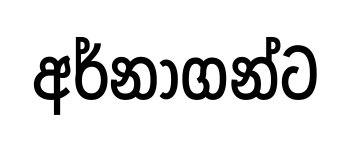
අර්නාගන්ට